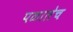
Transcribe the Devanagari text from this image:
पळालेच